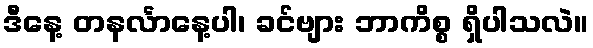
ဒီနေ့ တနင်္လာနေ့ပါ၊ ခင်ဗျား ဘာကိစ္စ ရှိပါသလဲ။